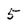
Character: 5